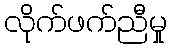
လိုက်ဖက်ညီမှု